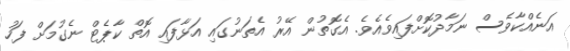
އަނެއްކާވެސް ނަމާދުކޮށްފައިވެއެވެ. އެގޮތުން އޭރު އެތަނުގައި އަޅާފައި އޮތް ކާޕެޓް ނެގުމަށް ފަހު